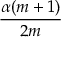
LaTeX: \frac { \alpha ( m + 1 ) } { 2 m }